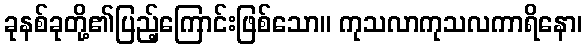
ခုနစ်ခုတို့၏ပြည့်ကြောင်းဖြစ်သော။ ကုသလာကုသလကာရိနော၊